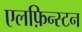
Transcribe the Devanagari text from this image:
एलफ़िन्स्टन